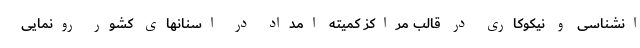
انشناسی و نیکوکاری در قالب مراکز کمیته امداد در اسنانهای کشور رونمایی